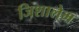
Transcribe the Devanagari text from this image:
जिशालेम